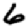
Digit: 6